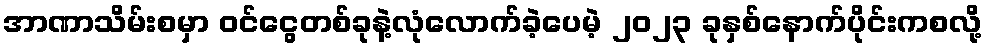
အာဏာသိမ်းစမှာ ဝင်ငွေတစ်ခုနဲ့လုံလောက်ခဲ့ပေမဲ့ ၂၀၂၃ ခုနှစ်နောက်ပိုင်းကစလို့